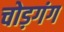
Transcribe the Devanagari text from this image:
चोड़गंग